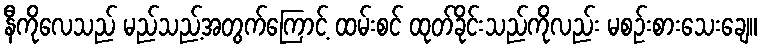
နီကိုလေသည် မည်သည့်အတွက်ကြောင့် ထမ်းစင် ထုတ်ခိုင်းသည်ကိုလည်း မစဉ်းစားသေးချေ။